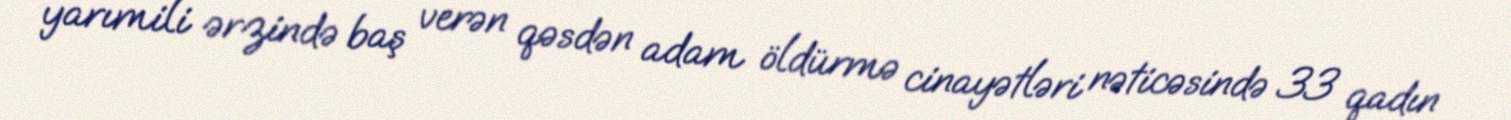
yarımili ərzində baş verən qəsdən adam öldürmə cinayətləri nəticəsində 33 qadın